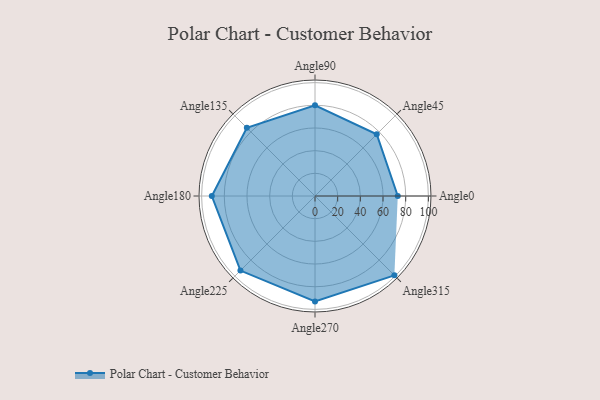
{"axis": {"x": "Angle", "y": "Radius"}, "legend": [""], "data": [{"x": "Angle0", "y": 73.0, "type": ""}, {"x": "Angle45", "y": 77.0, "type": ""}, {"x": "Angle90", "y": 80.0, "type": ""}, {"x": "Angle135", "y": 85.0, "type": ""}, {"x": "Angle180", "y": 91.0, "type": ""}, {"x": "Angle225", "y": 93.0, "type": ""}, {"x": "Angle270", "y": 93.0, "type": ""}, {"x": "Angle315", "y": 99.0, "type": ""}]}